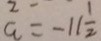
a = - 1 1 \frac { 1 } { 2 }